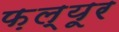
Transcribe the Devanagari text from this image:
फ़ल्यूर